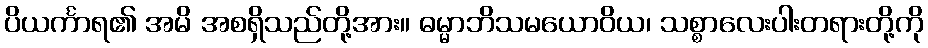
ပိယင်္ကာရ၏ အမိ အစရှိသည်တို့အား။ ဓမ္မာဘိသမယောဝိယ၊ သစ္စာလေးပါးတရားတို့ကို